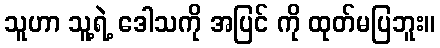
သူဟာ သူ့ရဲ့ ဒေါသကို အပြင် ကို ထုတ်မပြဘူး။